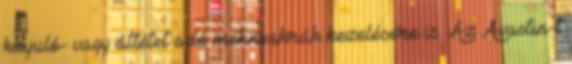
kiújuló- vagy áttétet adó méhnyakrák kezelésére is. Az Avastin-t